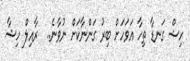
ހިޝް ގަނޑާ ތިހާ އަވަހަށް ބިރު ގަންނާކަށް ނުވާނެ..  ރާއިލް ހިޝާ